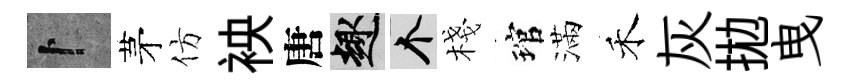
卜茅仿䘧唐趣个棧琯滿禾灰拋曳